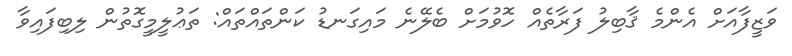
ވަޒީފާއަށް އެންމެ ޤާބިލު ފަރާތެއް ހޮވުމަށް ބެލޭނެ މައިގަނޑު ކަންތައްތައް: ތަޢުލީމީގޮތުން ލިބިފައިވާ